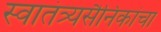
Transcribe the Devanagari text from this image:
स्वातंत्र्यसैनिकांचा